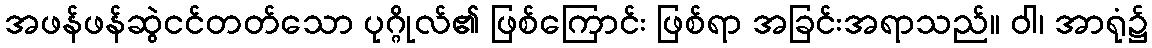
အဖန်ဖန်ဆွဲငင်တတ်သော ပုဂ္ဂိုလ်၏ ဖြစ်ကြောင်း ဖြစ်ရာ အခြင်းအရာသည်။ ဝါ၊ အာရုံ၌